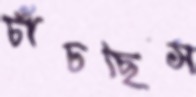
চাঁচছিস